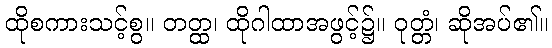
ထိုစကားသင့်စွ။ တတ္ထ၊ ထိုဂါထာအဖွင့်၌။ ဝုတ္တံ၊ ဆိုအပ်၏။